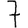
Digit: 7